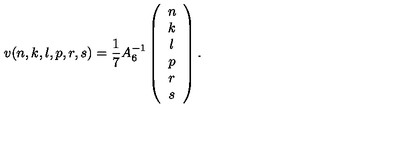
v ( n , k , l , p , r , s ) = \frac { 1 } { 7 } A _ { 6 } ^ { - 1 } \left( \begin{array} { c } { n } \\ { k } \\ { l } \\ { p } \\ { r } \\ { s } \\ \end{array} \right) .